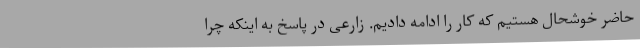
حاضر خوشحال هستیم که کار را ادامه دادیم. زارعی در پاسخ به اینکه چرا